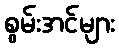
စွမ်းအင်များ